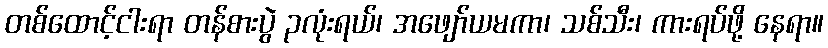
တစ်ထောင့်ငါးရာ တန်စားပွဲ ၃လုံးရယ်၊ အဖျော်ယမကာ၊ သစ်သီး၊ ကားရပ်ဖို့ နေရာ။